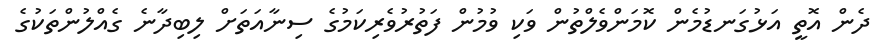
ދެން އޮތީ އަޅުގަނޑުމެން ކޮމަންވެލްތުން ވަކި ވުމުން ފަތުރުވެރިކަމުގެ ސިނާއަތަށް ލިބިދާނެ ގެއްލުންތަކުގެ